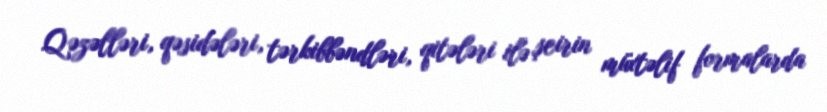
Qəzəlləri, qəsidələri, tərkibbəndləri, qitələri ilə şeirin müxtəlif formalarda